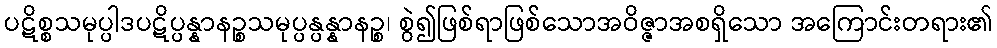
ပဋိစ္စသမုပ္ပါဒပဋိပ္ပန္နာနဉ္စသမုပ္ပန္ပန္နာနဉ္စ၊ စွဲ၍ဖြစ်ရာဖြစ်သောအဝိဇ္ဇာအစရှိသော အကြောင်းတရား၏